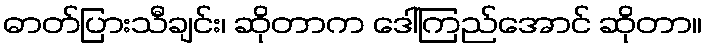
ဓာတ်ပြားသီချင်း၊ ဆိုတာက ဒေါ်ကြည်အောင် ဆိုတာ။